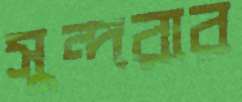
সুন্দরার